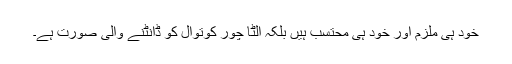
خود ہی ملزم اور خود ہی محتسب ہیں بلکہ الٹا چور کوتوال کو ڈانٹنے والی صورت ہے۔